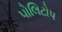
પોલિટોપ